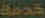
خدمة